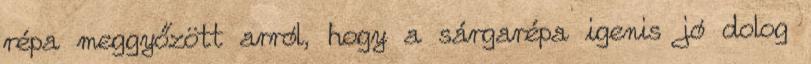
répa meggyőzött arról, hogy a sárgarépa igenis jó dolog